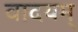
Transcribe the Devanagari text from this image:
वादयम्